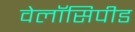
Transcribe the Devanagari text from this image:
वेलॉसिपीड